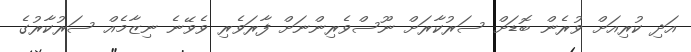
އަދި ކުރިއަށް ވުރެން ބޮޑަށް ސަރުކާރަށް ނޫސްވެރިންނަށް ފާރަވެރި ވެވޭނެ ނިޒާމެއް ސަރުކާރުގެ